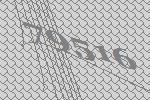
79516